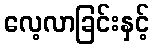
လေ့လာခြင်းနှင့်